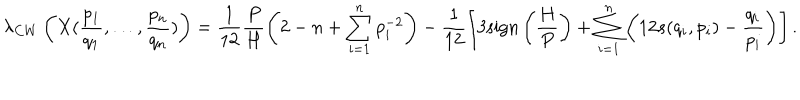
LaTeX: \lambda _ { C W } \left( X ( \frac { p _ { 1 } } { q _ { 1 } } , \ldots , \frac { p _ { n } } { q _ { n } } ) \right) = \frac { 1 } { 1 2 } \frac { P } { H } \left( 2 - n + \sum _ { i = 1 } ^ { n } p _ { i } ^ { - 2 } \right) - \frac { 1 } { 1 2 } \left[ 3 \mathrm { s i g n } \left( \frac { H } { P } \right) + \sum _ { i = 1 } ^ { n } \left( 1 2 s ( q _ { i } , p _ { i } ) - \frac { q _ { i } } { p _ { i } } \right) \right] .